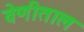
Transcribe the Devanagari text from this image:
वेणीताल